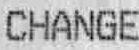
CHANGE